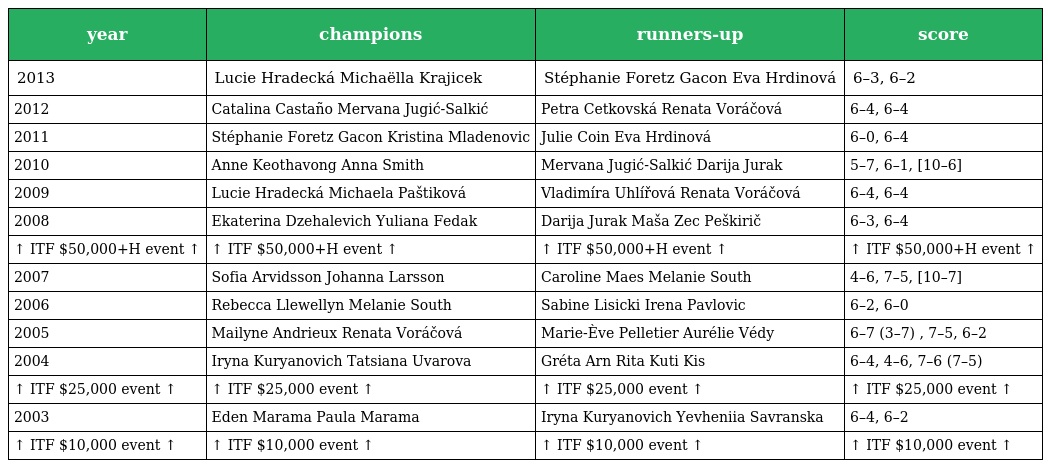
| year | champions | runners-up | score |
 | --- | --- | --- | --- |
 | 2013 | Lucie Hradecká Michaëlla Krajicek | Stéphanie Foretz Gacon Eva Hrdinová | 6–3, 6–2 |
 | 2012 | Catalina Castaño Mervana Jugić-Salkić | Petra Cetkovská Renata Voráčová | 6–4, 6–4 |
 | 2011 | Stéphanie Foretz Gacon Kristina Mladenovic | Julie Coin Eva Hrdinová | 6–0, 6–4 |
 | 2010 | Anne Keothavong Anna Smith | Mervana Jugić-Salkić Darija Jurak | 5–7, 6–1, [10–6] |
 | 2009 | Lucie Hradecká Michaela Paštiková | Vladimíra Uhlířová Renata Voráčová | 6–4, 6–4 |
 | 2008 | Ekaterina Dzehalevich Yuliana Fedak | Darija Jurak Maša Zec Peškirič | 6–3, 6–4 |
 | ↑ ITF $50,000+H event ↑ | ↑ ITF $50,000+H event ↑ | ↑ ITF $50,000+H event ↑ | ↑ ITF $50,000+H event ↑ |
 | 2007 | Sofia Arvidsson Johanna Larsson | Caroline Maes Melanie South | 4–6, 7–5, [10–7] |
 | 2006 | Rebecca Llewellyn Melanie South | Sabine Lisicki Irena Pavlovic | 6–2, 6–0 |
 | 2005 | Mailyne Andrieux Renata Voráčová | Marie-Ève Pelletier Aurélie Védy | 6–7 (3–7) , 7–5, 6–2 |
 | 2004 | Iryna Kuryanovich Tatsiana Uvarova | Gréta Arn Rita Kuti Kis | 6–4, 4–6, 7–6 (7–5) |
 | ↑ ITF $25,000 event ↑ | ↑ ITF $25,000 event ↑ | ↑ ITF $25,000 event ↑ | ↑ ITF $25,000 event ↑ |
 | 2003 | Eden Marama Paula Marama | Iryna Kuryanovich Yevheniia Savranska | 6–4, 6–2 |
 | ↑ ITF $10,000 event ↑ | ↑ ITF $10,000 event ↑ | ↑ ITF $10,000 event ↑ | ↑ ITF $10,000 event ↑ |